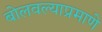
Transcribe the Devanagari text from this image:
बोलवल्याप्रमाणे